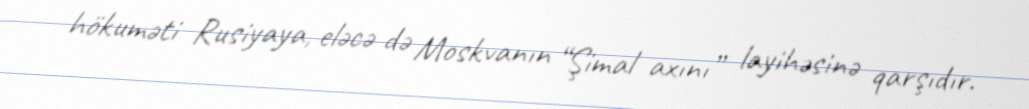
hökuməti Rusiyaya, eləcə də Moskvanın “Şimal axını” layihəsinə qarşıdır.